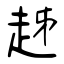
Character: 趀